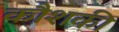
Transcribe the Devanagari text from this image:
कौशकी